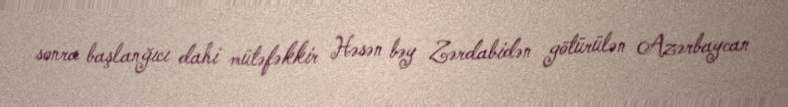
sonra başlanğıcı dahi mütəfəkkir Həsən bəy Zərdabidən götürülən Azərbaycan